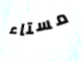
مستاء